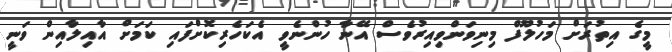
މީގެ އިތުރަށް މަހުލޫފް މިނިވަންވިއިރުވެސް އޭނާ ހުންނެވީ އެކަހެރިކޮށްފައި ކަމަށް އާއިލާއިން ވަނީ